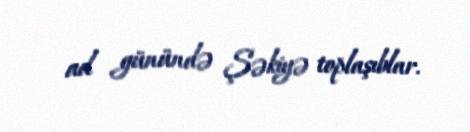
ad günündə Şəkiyə toplaşıblar.